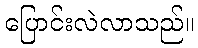
ပြောင်းလဲလာသည်။